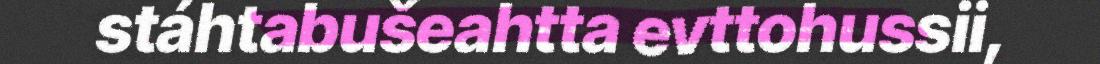
stáhtabušeahtta evttohussii,